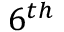
6 ^ { t h }